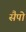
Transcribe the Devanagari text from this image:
सैपो